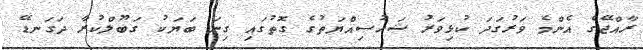
ރާއްޖޭގެ އެންމެ ވަރުގަދަ ކުޅިވަރު ޝަހުސިއްޔަތުގެ ގޮތުގައި ގިނަ ބަޔަކު ގަބޫލްކުރާ ދަގަނޑޭ